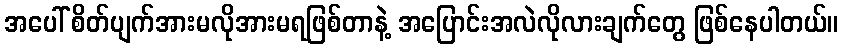
အပေါ် စိတ်ပျက်အားမလိုအားမရဖြစ်တာနဲ့ အပြောင်းအလဲလိုလားချက်တွေ ဖြစ်နေပါတယ်။